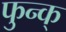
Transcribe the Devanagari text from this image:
फुन्क्